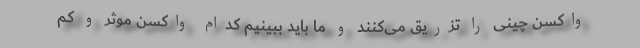
واکسن چینی را تزریق می‌کنند و ما باید ببینیم کدام واکسن موثر و کم